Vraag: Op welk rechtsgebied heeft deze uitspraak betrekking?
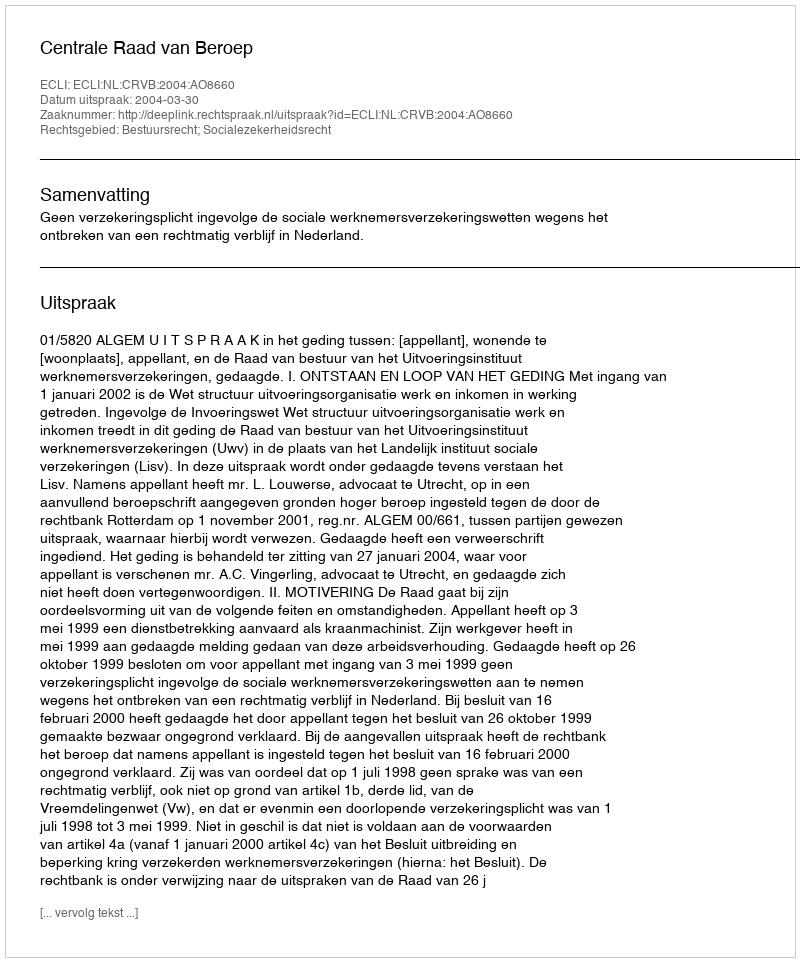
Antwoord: Bestuursrecht; Socialezekerheidsrecht